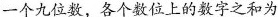
一个九位数，各个数位上的数字之和为